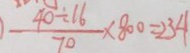
\frac { 4 0 \div 1 6 } { 7 0 } \times 8 0 0 = 2 3 4